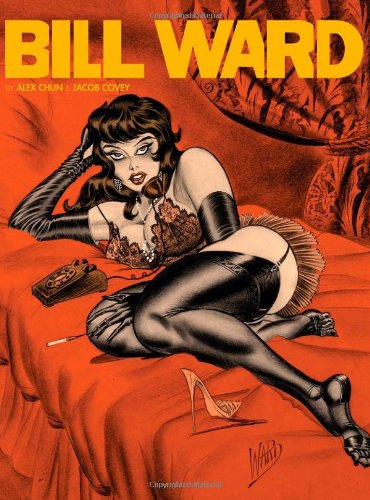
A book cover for The Pin-up Art of Bill Ward; Bill Ward; Comics & Graphic Novels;